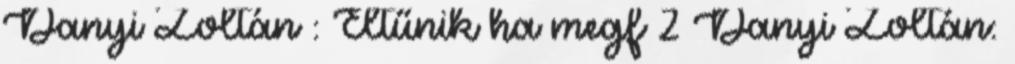
Danyi Zoltán : Eltűnik ha megf 2 Danyi Zoltán: